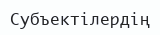
Субъектілердің